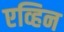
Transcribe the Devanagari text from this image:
एव्हिन